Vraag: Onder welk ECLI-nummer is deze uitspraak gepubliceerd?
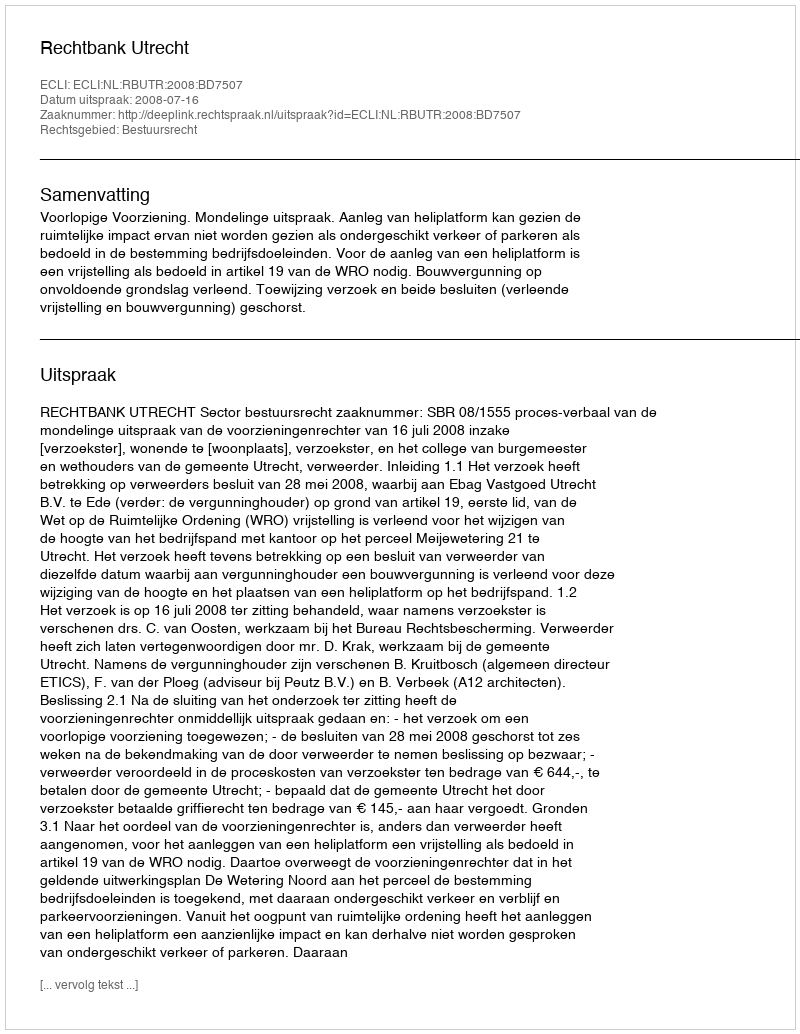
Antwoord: ECLI:NL:RBUTR:2008:BD7507